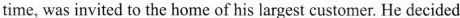
time, was invited to the home of his largest customer. He decided